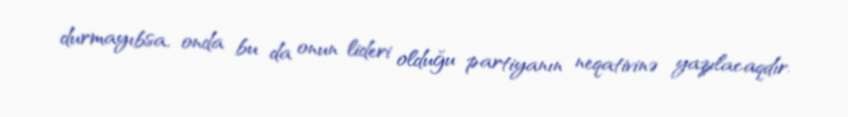
durmayıbsa, onda bu da onun lideri olduğu partiyanın neqativinə yazılacaqdır.